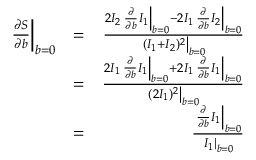
\begin{array} { r l r } { \left. \frac { \partial S } { \partial b } \right| _ { b = 0 } } & { = } & { \frac { 2 I _ { 2 } \left. \frac { \partial } { \partial b } I _ { 1 } \right| _ { b = 0 } - 2 I _ { 1 } \left. \frac { \partial } { \partial b } I _ { 2 } \right| _ { b = 0 } } { \left. ( I _ { 1 } + I _ { 2 } ) ^ { 2 } \right| _ { b = 0 } } } \\ & { = } & { \frac { 2 I _ { 1 } \left. \frac { \partial } { \partial b } I _ { 1 } \right| _ { b = 0 } + 2 I _ { 1 } \left. \frac { \partial } { \partial b } I _ { 1 } \right| _ { b = 0 } } { \left. ( 2 I _ { 1 } ) ^ { 2 } \right| _ { b = 0 } } } \\ & { = } & { \frac { \left. \frac { \partial } { \partial b } I _ { 1 } \right| _ { b = 0 } } { \left. I _ { 1 } \right| _ { b = 0 } } } \end{array}